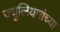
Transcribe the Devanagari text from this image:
ज्युलियनांच्या